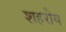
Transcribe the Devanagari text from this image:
शहरीय